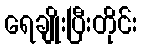
ရေချိုးပြီးတိုင်း